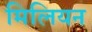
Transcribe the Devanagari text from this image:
मिलियन